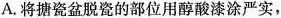
A.将搪瓷盆脱瓷的部位用醇酸漆涂严实，